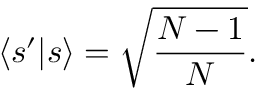
\langle s ^ { \prime } | s \rangle = { \sqrt { \frac { N - 1 } { N } } } .